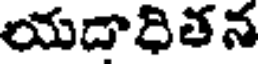
యదాధితన